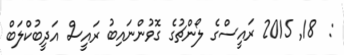
:  18